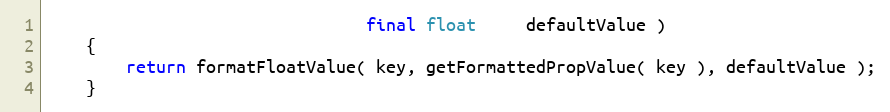
Language: Java
                                final float     defaultValue )
    {
        return formatFloatValue( key, getFormattedPropValue( key ), defaultValue );
    }